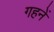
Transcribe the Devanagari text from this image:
गहनें